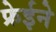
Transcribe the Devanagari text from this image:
फ्रेईने